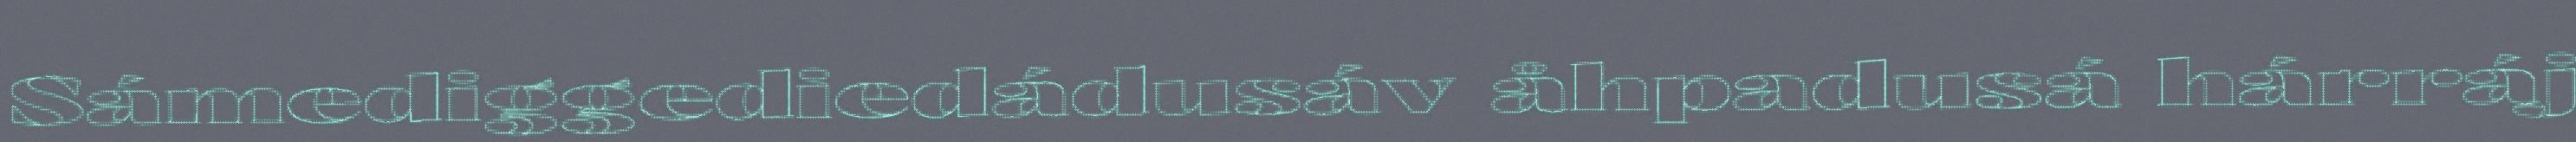
Sámediggediedádusáv åhpadusá hárráj